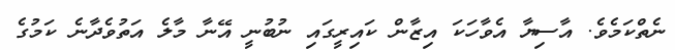
ނެތްކަމެވެ. އާސިޔާ އެވާހަކަ އިޒާން ކައިރީގައި ނުބުނީ އޭނާ މާލެ އަތުވެދާނެ ކަމުގެ